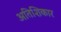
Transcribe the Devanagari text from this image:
अतिशिकार